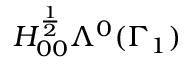
H _ { 0 0 } ^ { \frac { 1 } { 2 } } \Lambda ^ { 0 } ( \Gamma _ { 1 } )